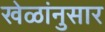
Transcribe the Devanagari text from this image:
खेळांनुसार